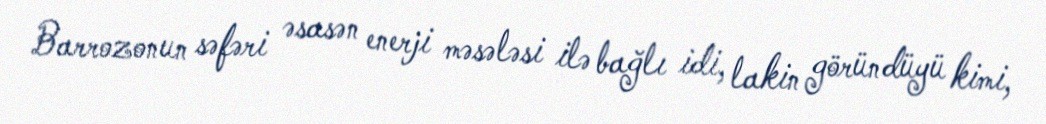
Barrozonun səfəri əsasən enerji məsələsi ilə bağlı idi, lakin göründüyü kimi,